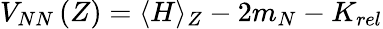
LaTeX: V_{NN}\left(Z\right)=\langle H\rangle_{Z}-2m_{N}-K_{rel}